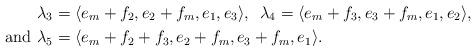
LaTeX: \begin{align*} \lambda_3&=\langle e_m+f_2, e_2+f_m, e_1, e_3\rangle, \,\,\, \lambda_4=\langle e_m+f_3, e_3+f_m, e_1, e_2\rangle, \\ \textrm{ and } \lambda_5&=\langle e_m+f_2+f_3, e_2+f_m, e_3+f_m, e_1\rangle. \end{align*}